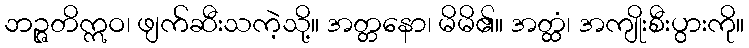
ဘဉ္ဇတိဣဝ၊ ဖျက်ဆီးသကဲ့သို့။ အတ္တနော၊ မိမိ၏။ အတ္ထံ၊ အကျိုးစီးပွားကို။